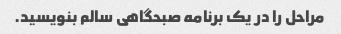
مراحل را در یک برنامه صبحگاهی سالم بنویسید.